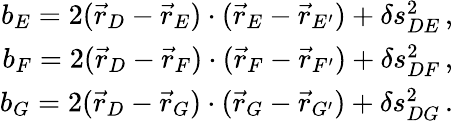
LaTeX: \begin{array}{r}{b_{E}=2(\vec{r}_{D}-\vec{r}_{E})\cdot(\vec{r}_{E}-\vec{r}_{E^{\prime}})+\delta s_{DE}^{2}\, ,}\\ {b_{F}=2(\vec{r}_{D}-\vec{r}_{F})\cdot(\vec{r}_{F}-\vec{r}_{F^{\prime}})+\delta s_{DF}^{2}\, ,}\\ {b_{G}=2(\vec{r}_{D}-\vec{r}_{G})\cdot(\vec{r}_{G}-\vec{r}_{G^{\prime}})+\delta s_{DG}^{2}\, .}\end{array}